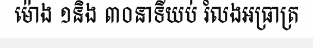
ម៉ោង ១និង ៣០នាទីយប់ រំលងអធ្រាត្រ